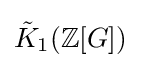
{\tilde {K}}_{1}(\mathbb {Z} [G])